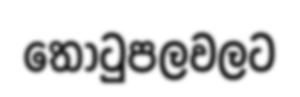
තොටුපලවලට